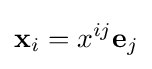
\mathbf {x} _{i}=x^{ij}\mathbf {e} _{j}